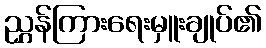
ညွှန်ကြားရေးမှူးချုပ်၏